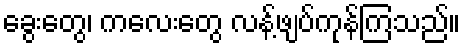
ခွေးတွေ၊ ကလေးတွေ လန့်ဖျပ်ကုန်ကြသည်။